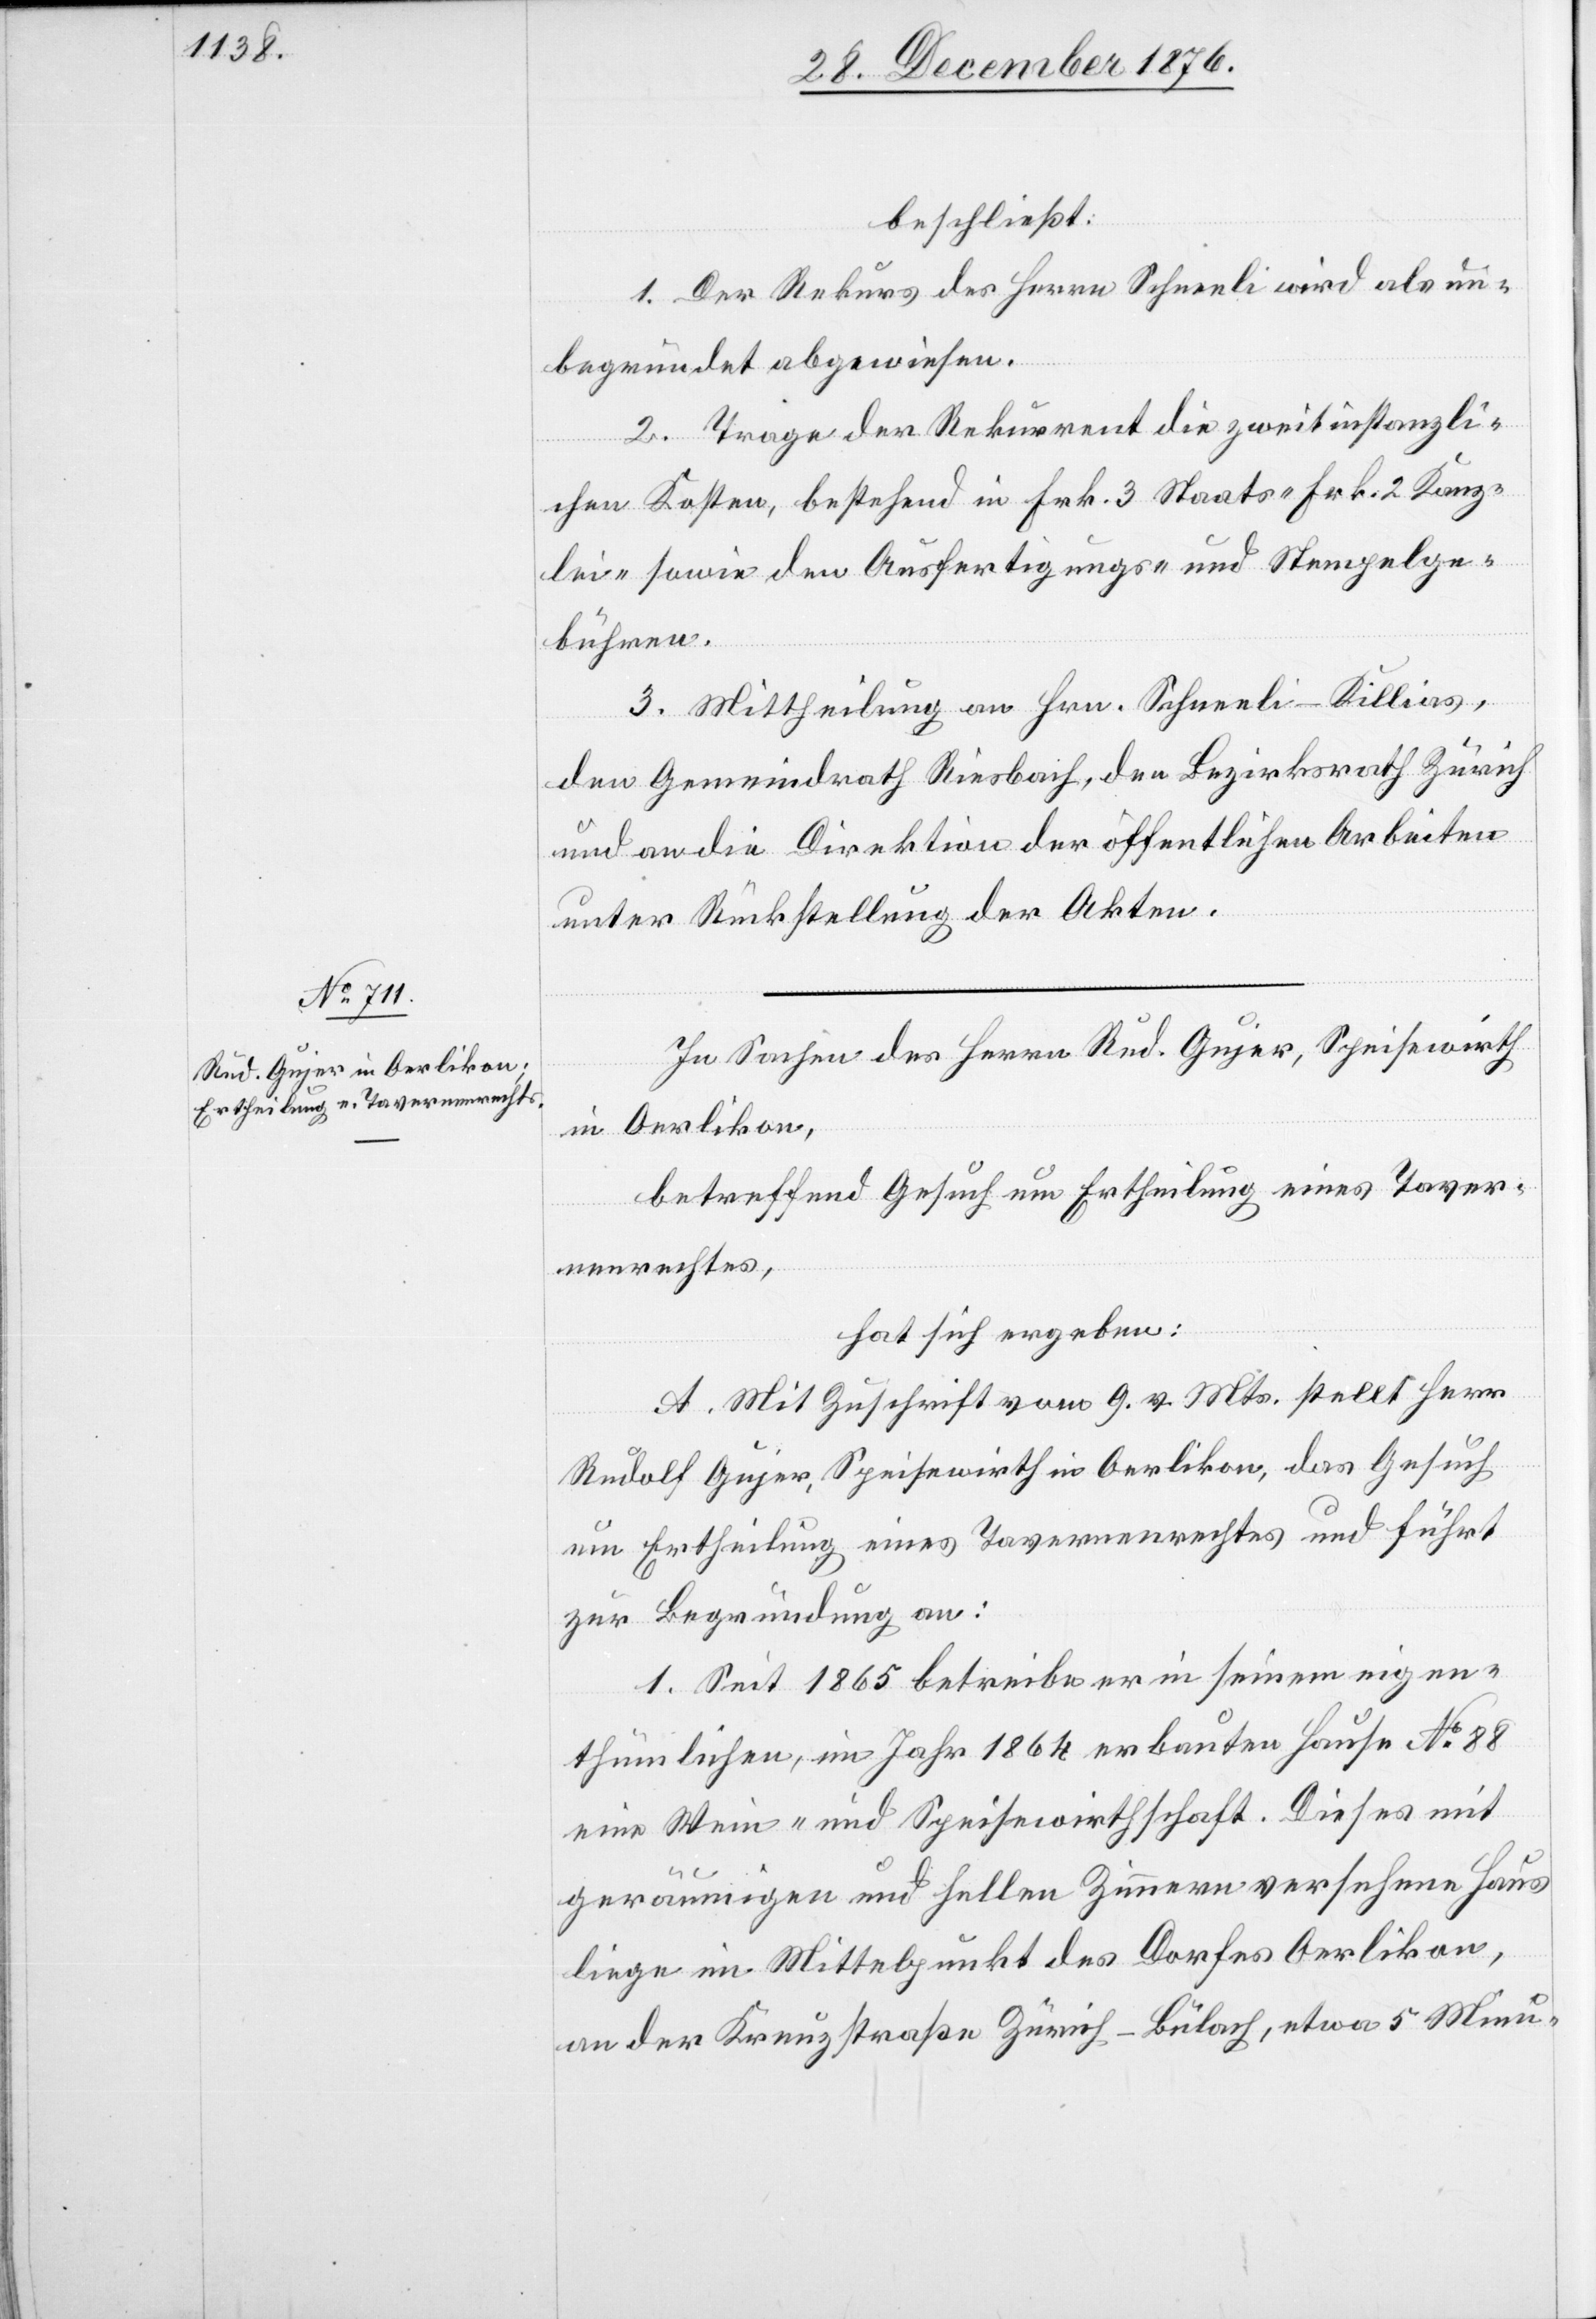
beschließt:
1. Der Rekurs des Herr Schneeli wird als un¬
begründet abgewiesen.
2. Trage der Rekurrent die zweitinstanzli¬
chen Kosten, bestehend in Frk. 3 Staats- Frk. 2 Kanz¬
lei- sowie den Ausfertigungs- und Stempelge¬
bühren.
3. Mittheilung an Hrn. Schneeli-Killias,
den Gemeindrath Riesbach, den Bezirksrath Zürich
und an die Direktion der öffentlichen Arbeiten
unter Rückstellung der Akten.
In Sachen des Herrn Rud. Gujer, Speisewirth
in Oerlikon,
betreffend Gesuch um Ertheilung eines Taver¬
nenrechtes,
hat sich ergeben:
A. Mit Zuschrift vom 9. vor. Mts. stellt Her
Rudolf Gujer, Speisewirth in Oerlikon, das Gesuch
um Ertheilung eines Tavernenrechtes und führt
zur Begründung an:
1. Seit 1865 betreibe er in seinem eigen¬
thümlichen, im Jahr 1864 erbauten Hause No 88
eine Wein- und Speisewirthschaft. Dieses mit
geräumigen und hellen Zimmern versehene Haus
liege im Mittelpunkt des Dorfes Oerlikon,
an der Kreuzstraße Zürich–Bülach, etwa 5 Minu-